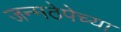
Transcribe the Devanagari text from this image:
जन्मठेपेच्या